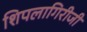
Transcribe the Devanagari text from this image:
शिपलागिरीजी